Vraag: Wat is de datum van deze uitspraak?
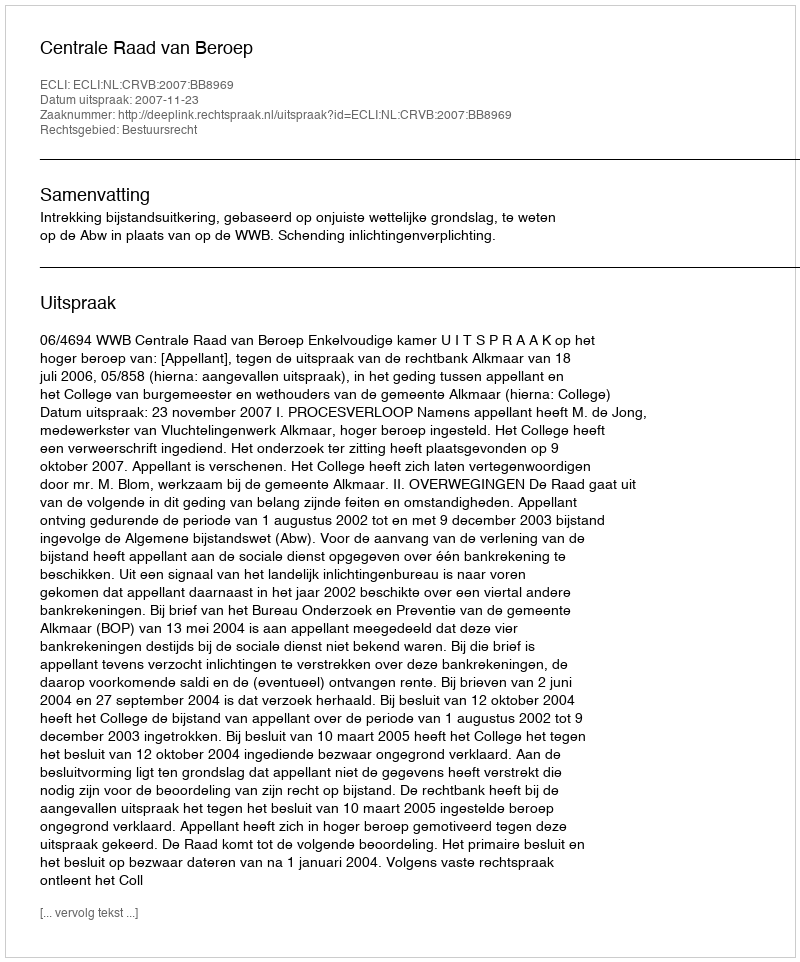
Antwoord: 2007-11-23